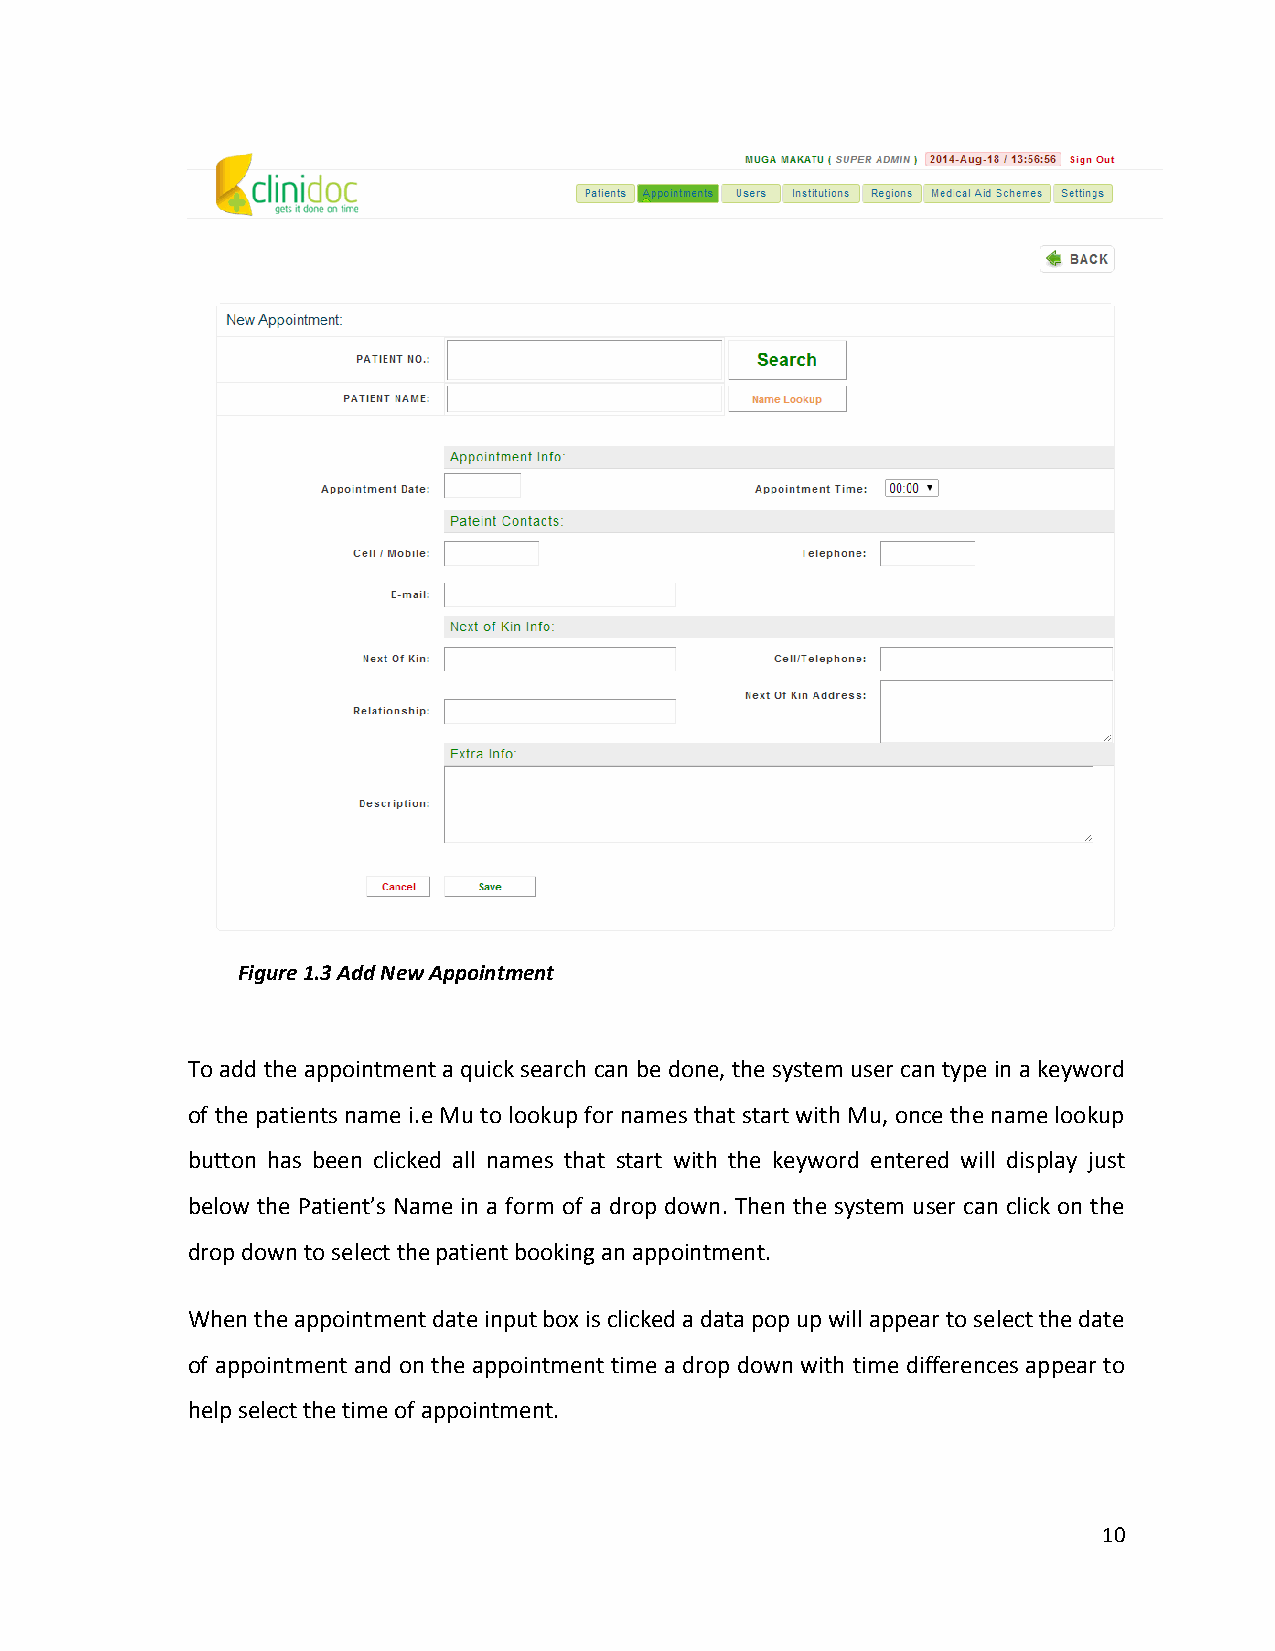
Figure 1.3 Add New Appointment
 To add the appointment a quick search can be done, the system user can type in a keyword
 of the patients name i.e Mu to lookup for names that start with Mu, once the name lookup
 button has been clicked all names that start with the keyword entered will display just
 below the Patient’s Name in a form of a drop down. Then the system user can click on the
 drop down to select the patient booking an appointment.
 When the appointment date input box is clicked a data pop up will appear to select the date
 of appointment and on the appointment time a drop down with time differences appear to
 help select the time of appointment.
 10